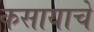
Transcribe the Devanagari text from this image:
कसायाचे